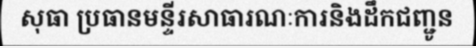
សុធា ប្រធានមន្ទីរសាធារណៈការនិងដឹកជញ្ជូន